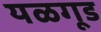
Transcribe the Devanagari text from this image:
यळगूड